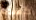
كهذه